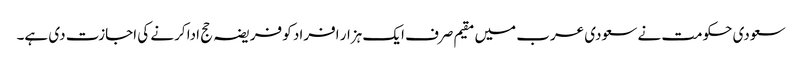
سعودی حکومت نے سعودی عرب میں مقیم صرف ایک ہزار افراد کو فریضہ حج ادا کرنے کی اجازت دی ہے۔